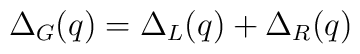
\Delta_G (q)=\Delta_L(q)+\Delta_R(q)